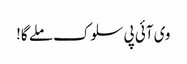
وی آئی پی سلوک ملے گا!